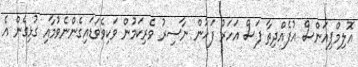
އޮލިމްޕިއަންސް އުފެއްދިތާ ފަސް އަހަރު ފަހުން ނާސިރު ވެރިކަމުން ވަކިވެވަޑައިގެންނެވުމާއި ގުޅިގެން އެ